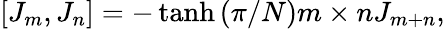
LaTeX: [J_{m},J_{n}]=-\operatorname{tanh}{(\pi/N)m\times n}J_{m+n},